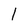
Character: l